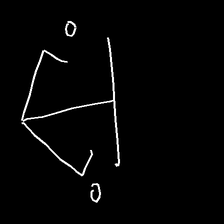
Glyph: earth